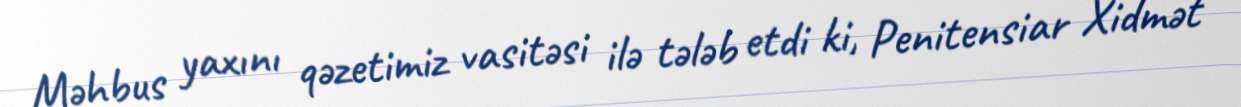
Məhbus yaxını qəzetimiz vasitəsi ilə tələb etdi ki, Penitensiar Xidmət